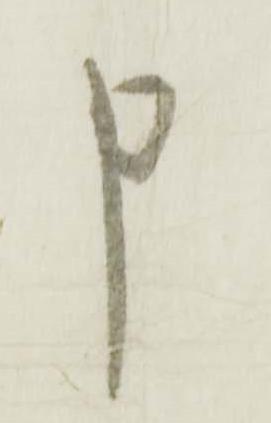
申